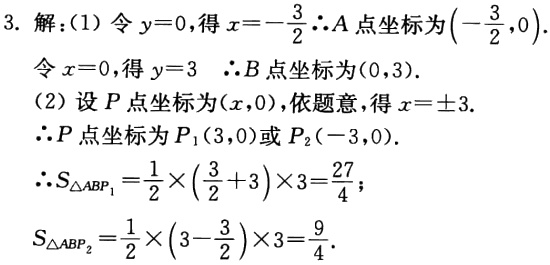
3. 解：(1) 令\(y = 0\)，得\(x=-\frac{3}{2}\) \(\therefore A\)点坐标为\((-\frac{3}{2},0)\).
令\(x = 0\)，得\(y = 3\)  \(\therefore B\)点坐标为\((0,3)\).
(2) 设\(P\)点坐标为\((x,0)\)，依题意，得\(x = \pm3\).
\(\therefore P\)点坐标为\(P_1(3,0)\)或\(P_2(-3,0)\).
\(\therefore S_{\triangle ABP_1}=\frac{1}{2}\times(\frac{3}{2}+3)\times3=\frac{27}{4}\)；
\(S_{\triangle ABP_2}=\frac{1}{2}\times(3 - \frac{3}{2})\times3=\frac{9}{4}\).